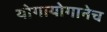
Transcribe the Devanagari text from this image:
योगायोगानेच